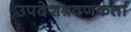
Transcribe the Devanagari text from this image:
उपदेशश्रवणकर्ता